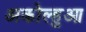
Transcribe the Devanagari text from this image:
अकोल्हुआ